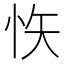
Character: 𭜟